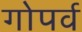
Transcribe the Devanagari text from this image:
गोपर्व